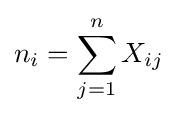
n_{i}=\sum _{j=1}^{n}X_{ij}